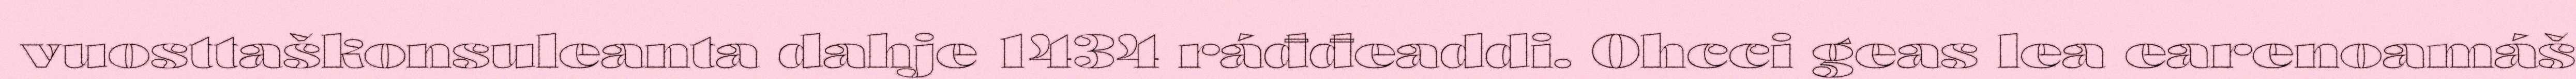
vuosttaškonsuleanta dahje 1434 ráđđeaddi. Ohcci geas lea earenoamáš